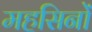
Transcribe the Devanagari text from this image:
महसिनों